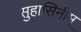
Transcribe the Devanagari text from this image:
सुहासिनीम्